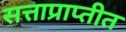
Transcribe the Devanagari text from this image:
सत्ताप्राप्तीत